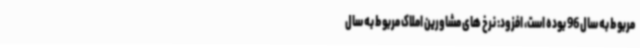
مربوط به سال 96 بوده است، افزود: نرخ های مشاورین املاک مربوط به سال